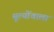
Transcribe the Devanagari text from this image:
मूल्योंवाला